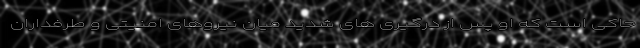
حاکی است که او پس از درگیری های شدید میان نیروهای امنیتی و طرفداران